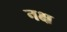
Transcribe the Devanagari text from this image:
नक्ष